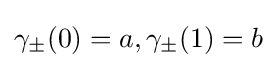
\gamma _{\pm }(0)=a,\gamma _{\pm }(1)=b